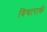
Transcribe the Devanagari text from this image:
विचारार्क